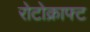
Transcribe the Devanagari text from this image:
रोटोक्राफ्ट